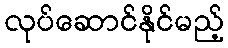
လုပ်ဆောင်နိုင်မည့်